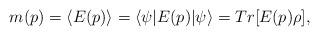
LaTeX: \begin{align*}m(p) = \langle E(p) \rangle= \langle\psi|E(p)|\psi\rangle = Tr[E(p)\rho],\end{align*}